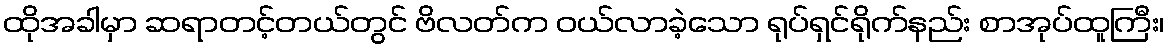
ထိုအခါမှာ ဆရာတင့်တယ်တွင် ဗိလတ်က ဝယ်လာခဲ့သော ရုပ်ရှင်ရိုက်နည်း စာအုပ်ထူကြီး၊